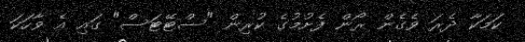
ކަމަކާ ދެރަ ވެގެން ރޯން ފެށުމުގެ ކުރިން "ސްޓޭޓަސް" ގައި އެ ވާހަކަ